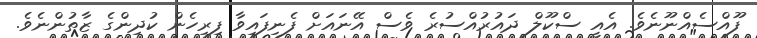
ފޫއްސެއްނޫނެވެ. އެއީ ސްކޫލް ދައުރުއްސުރެ ވެސް އޭނައަށް ފެނިފައިވާ ފިރިހެން ކުދިންގެ ޒާތުންނެވެ.